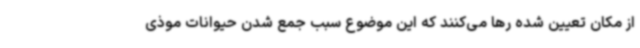
از مکان تعیین شده رها می‌کنند که این موضوع سبب جمع شدن حیوانات موذی